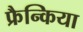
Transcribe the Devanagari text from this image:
फ्रैन्किया